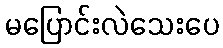
မပြောင်းလဲသေးပေ